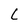
Character: L